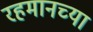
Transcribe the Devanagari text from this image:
रहमानच्या